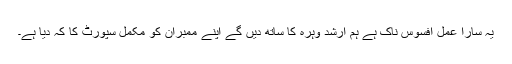
یہ سارا عمل افسوس ناک ہے ہم ارشد وہرہ کا ساتھ دیں گے اپنے ممبران کو مکمل سپورٹ کا کہ دیا ہے۔